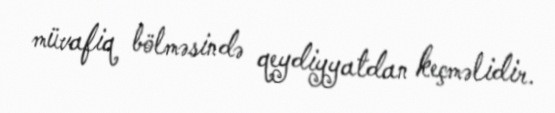
müvafiq bölməsində qeydiyyatdan keçməlidir.